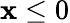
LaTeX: \mathbf{x}\le0